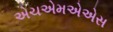
એચએમએએસ